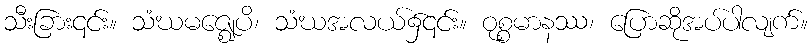
သီးခြား၎င်း။ သံဃမဇ္ဈေပိ၊ သံဃအလယ်၌၎င်း။ ဝုစ္စမာနဿ၊ ပြောဆိုအပ်ပါလျက်။